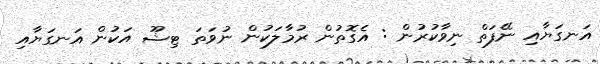
އަނގަޔާއި ނޭފަތް ނިވާކުރުން : އެގޮތުން ރުމާލަކުން ނުވަތަ ޓިޝޫ އަކުން އަނގަޔާއި